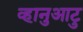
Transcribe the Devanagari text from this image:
व्हानुआटु